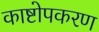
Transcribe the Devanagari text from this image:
काष्टोपकरण